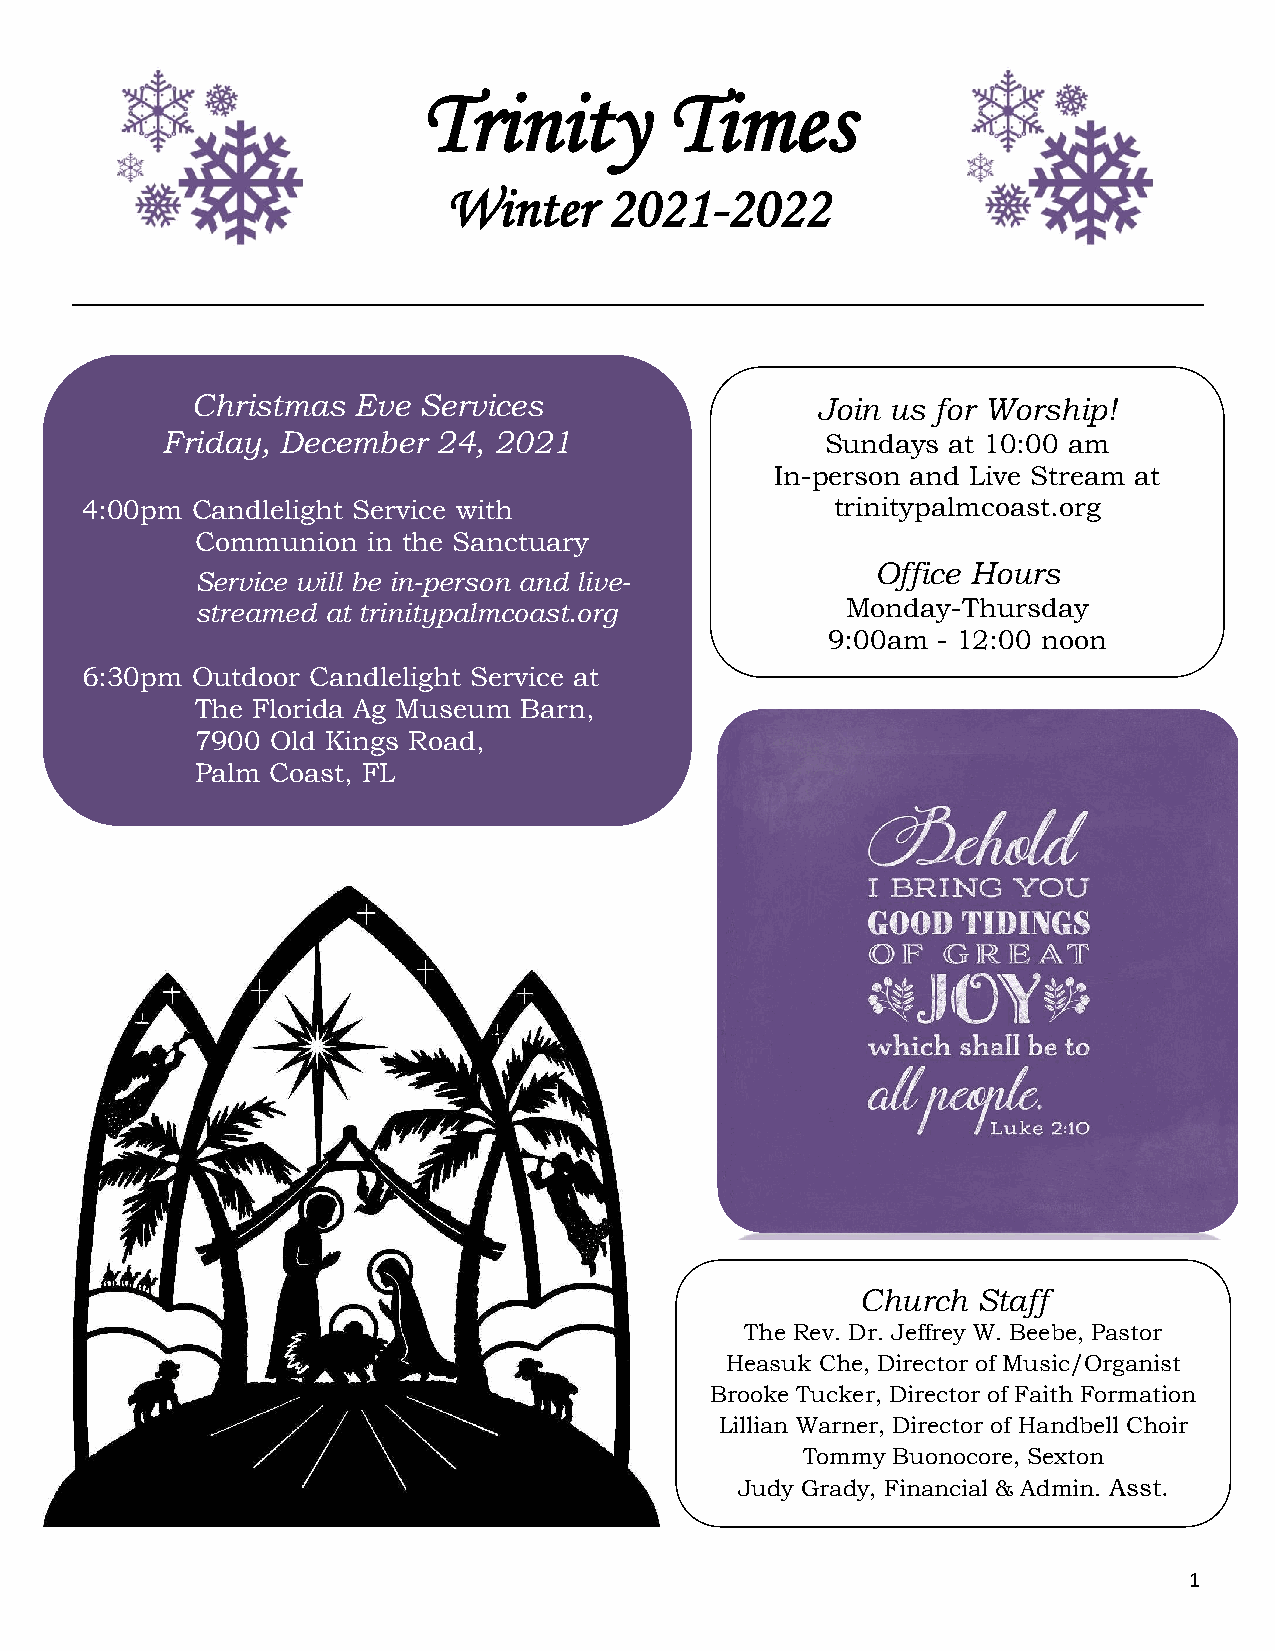
Trinity         Times
 Winter    2021-2022
 Christmas Eve  Services                  Join us for Worship!
 Friday, December  24, 2021                  Sundays at 10:00 am
 In-person and Live Stream at
 4:00pm  Candlelight Service with                  trinitypalmcoast.org
 Communion  in the Sanctuary
 Office Hours
 Service will be in-person and live-
 streamed at trinitypalmcoast.org           Monday-Thursday
 9:00am - 12:00 noon
 6:30pm  Outdoor Candlelight Service at
 The Florida Ag Museum Barn,
 7900 Old Kings Road,
 Palm Coast, FL
 Church  Staff
 The Rev. Dr. Jeffrey W. Beebe, Pastor
 Heasuk Che, Director of Music/Organist
 Brooke Tucker, Director of Faith Formation
 Lillian Warner, Director of Handbell Choir
 Tommy Buonocore, Sexton
 Judy Grady, Financial & Admin. Asst.
 1